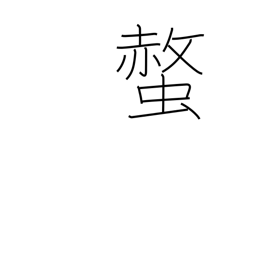
Meaning: bee sting